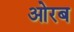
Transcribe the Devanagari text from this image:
ओरब